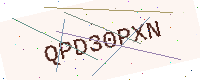
Text: QPD30PXN